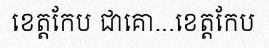
ខេត្តកែប ជាគោ...ខេត្តកែប